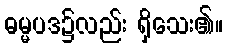
ဓမ္မပဒ၌လည်း ရှိသေး၏။